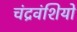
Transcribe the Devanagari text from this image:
चंद्रवंशियो